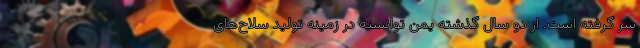
سر گرفته است. از دو سال گذشته یمن توانسته در زمینه تولید سلاح‌های